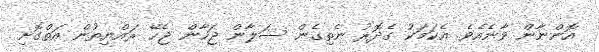
އޮންނާން ވާނެއެވެ. އެކަމަކު ގެދޮރު ނެތިގެން ސަލާން ޖަހާން ޖެހޭ ރައްޔިތުން އަތްގޮށި